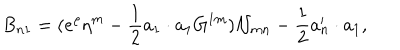
B _ { n 1 } = ( e ^ { \rho } \eta ^ { m } - { \frac { 1 } { 2 } } a _ { 1 } \cdot a _ { 1 } G ^ { 1 m } ) { \cal N } _ { m n } - { \frac { 1 } { 2 } } a _ { n } ^ { \prime } \cdot a _ { 1 } ,